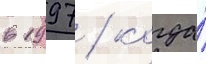
в 1997 / когда́